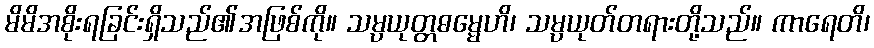
မိမိအစိုးရခြင်းရှိသည်၏အဖြစ်ကို။ သမ္ပယုတ္တဓမ္မေဟိ၊ သမ္ပယုတ်တရားတို့သည်။ ကာရေတိ၊